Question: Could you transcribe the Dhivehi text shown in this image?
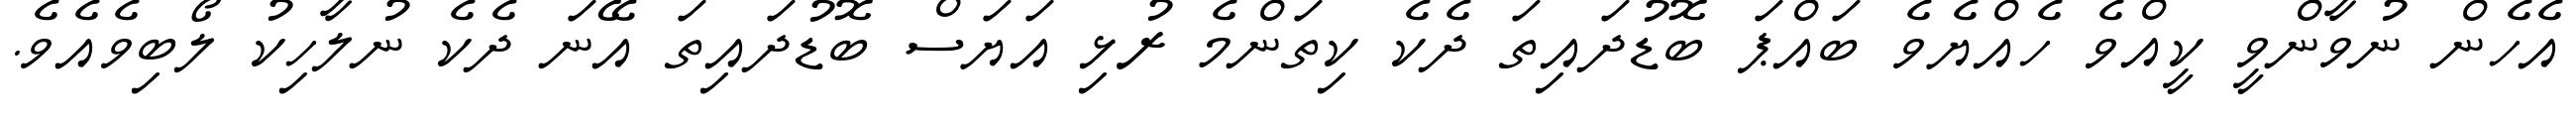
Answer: އެހެން ނުވާންވީ ކީއްވެ ހެއްޔެވެ ބައްޕަ ބޮޑުދައިތަ ދެކެ ކިތަންމެ ރުޅި އަޔަސް ބޮޑުދައިތަ އޭނަ ދެކެ ނުލާހިކު ލޯބިވެއެވެ.